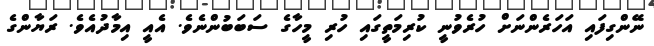
ނޭންގިފައި އަހަރެންނަށް ހުރެވުނީ ކުރިމަތީގައި ހުރި މީހާގެ ސަބަބުންނެވެ. އެއީ އިމާދުއެވެ. ރަޔާންގެ